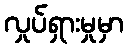
လှုပ်ရှားမှုမှာ